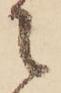
に